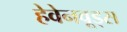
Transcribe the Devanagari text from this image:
हेवेनवूड्स